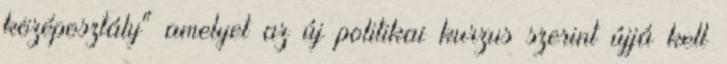
középosztály" amelyet az új politikai kurzus szerint újjá kell